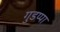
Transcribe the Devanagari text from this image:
गुडप्पा